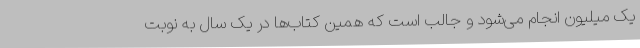
یک میلیون انجام می‌شود و جالب است که همین کتاب‌ها در یک سال به نوبت